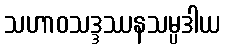
သဟာဝသဒ္ဒဿနသမ္ပဒါယ